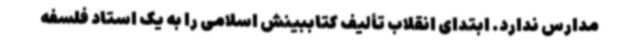
مدارس ندارد. ابتدای انقلاب تألیف کتاببینش اسلامی را به یک استاد فلسفه